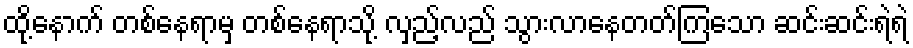
ထို့နောက် တစ်နေရာမှ တစ်နေရာသို့ လှည့်လည် သွားလာနေတတ်ကြသော ဆင်းဆင်းရဲရဲ